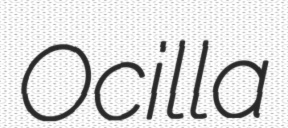
Ocilla